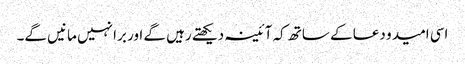
اسی امید و دعا کے ساتھ کہ آئینہ دیکھتے رہیں گے اور برا نہیں مانیں گے۔